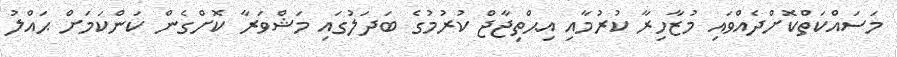
މަސައްކަތްކޮށްދެއްވައި މުޒާހިރާ ކުރުމާއި އިޙްތިޖާޖް ކުރުމުގެ ބަދަލުގައި މަޝްވަރާ ކޮށްގެން ކަންކަމަށް ޙައްލު